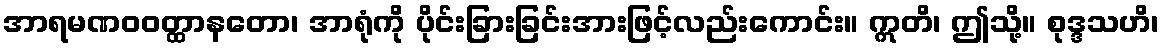
အာရမဏဝဝတ္ထာနတော၊ အာရုံကို ပိုင်းခြားခြင်းအားဖြင့်လည်းကောင်း။ ဣတိ၊ ဤသို့။ စုဒ္ဒသဟိ၊